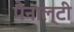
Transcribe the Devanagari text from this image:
पैनाल्टी